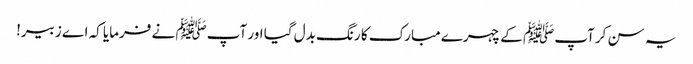
یہ سن کر آپﷺ کے چہرے مبارک کا رنگ بدل گیا اور آپﷺ نے فرمایا کہ اے زبیر!